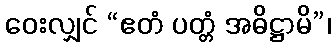
ဝေးလျှင် “ဧတံ ပတ္တံ အဓိဋ္ဌာမိ”၊